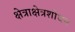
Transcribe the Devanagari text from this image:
क्षेत्राक्षेत्रशोधन